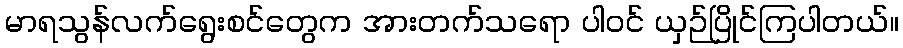
မာရသွန်လက်ရွေးစင်တွေက အားတက်သရော ပါဝင် ယှဉ်ပြိုင်ကြပါတယ်။